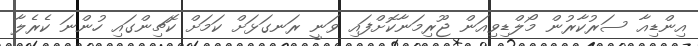
އިންޑިއާ ސަރުކާރުން މޯލްޑިވިއަން ޖޫރިމަނާކޮށްފައި ވަނީ ރަނގަޅަށް ކަމަށް ކޮޗިންގައި ހުންނަ ކެރެލާ